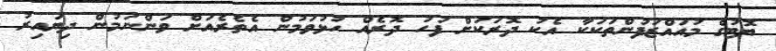
ޔޮޓުގެ މުއައްޒަފުންތަކަކާ އެކު ދޮރަކަށް ފަހު ދޮރެއް ހުޅުވަމުން އެތެރެއަށް ވަންނަމުން ދިޔައިރު